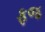
ફજ